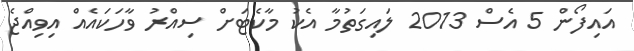
އައިފޯން 5 އެސް 2013 ލައިގަތުމާ އެކު މާކެޓަށް ސިއްރު ވާހަކައެއް އިވިއްޖެ